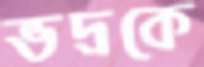
ভদ্রকে